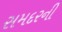
સમદરની